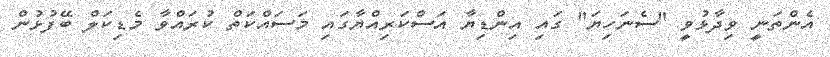
އެންތަނީ ވިދާޅުވީ "ސެނަހިޔަ" ގައި އިންޑިޔާ އަސްކަރިއްޔާގައި މަސައްކަތް ކުރައްވާ މެޑިކަލް ބޭފުޅުން